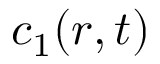
c _ { 1 } ( r , t )